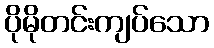
ပိုမိုတင်းကျပ်သော